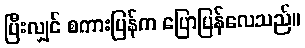
ပြီးလျှင် စကားပြန်က ပြောပြန်လေသည်။